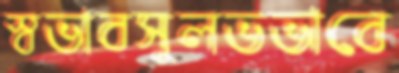
স্বভাবসুলভভাবে